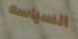
السياسه